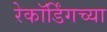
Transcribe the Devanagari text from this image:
रेकॉर्डिंगच्या